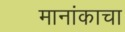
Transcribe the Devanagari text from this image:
मानांकाचा